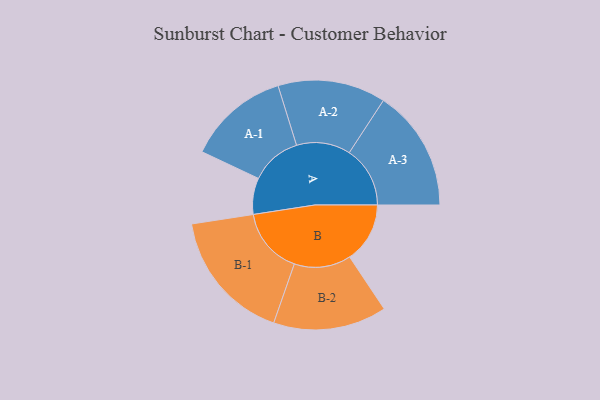
{"axis": {"x": "Segment", "y": "Value"}, "legend": ["", "A", "B"], "data": [{"x": "A", "y": 132, "type": ""}, {"x": "B", "y": 219, "type": ""}, {"x": "A-1", "y": 185, "type": "A"}, {"x": "A-2", "y": 196, "type": "A"}, {"x": "A-3", "y": 221, "type": "A"}, {"x": "B-1", "y": 241, "type": "B"}, {"x": "B-2", "y": 206, "type": "B"}]}